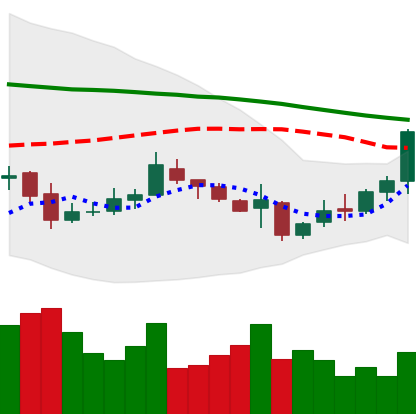
Ticker: XMR-USD
Chart end date: 2018-11-04
Forward return: -4.386%
Label: down_3_5